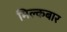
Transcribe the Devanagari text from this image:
मिल्कबार